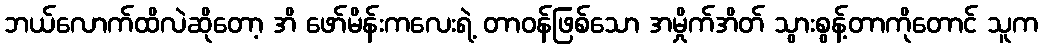
ဘယ်လောက်ထိလဲဆိုတော့ အိ ဖော်မိန်းကလေးရဲ့ တာဝန်ဖြစ်သော အမှိုက်အိတ် သွားစွန့်တာကိုတောင် သူက